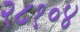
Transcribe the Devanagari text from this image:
२८१०४